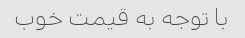
با توجه به قیمت خوب